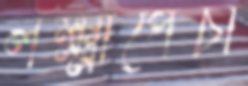
লক্ষ্মীপেঁচা